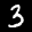
Label: 3